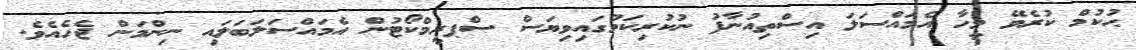
ޙުކުމް ކުރެވޭ މީހާ އެމައްސަލަ އިސްތިއުނާފު ނުކުރިކަމުގައިވިޔަސް ސްޕރީމްކޯޓުން އެމައްސަލަބަލައި ނިންމަން ޖެހެއެވެ.